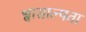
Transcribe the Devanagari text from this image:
श्वासाल्पता